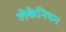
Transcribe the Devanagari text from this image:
लेकेनियन